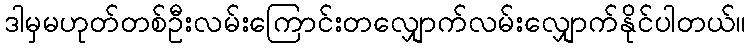
ဒါမှမဟုတ်တစ်ဦးလမ်းကြောင်းတလျှောက်လမ်းလျှောက်နိုင်ပါတယ်။